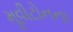
મૂવીટોનના